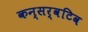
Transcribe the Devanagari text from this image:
कन्सर्वटिव